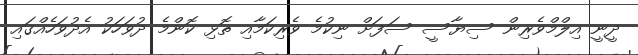
ދީނީ އިލްމްވެރިން ސިޔާސީ ސަފަށް ނިކުމެ ވެރިކަމާއި ތޮޅި ކޮންމެ ދުވަހަކު އެދުވަހެއްގައި